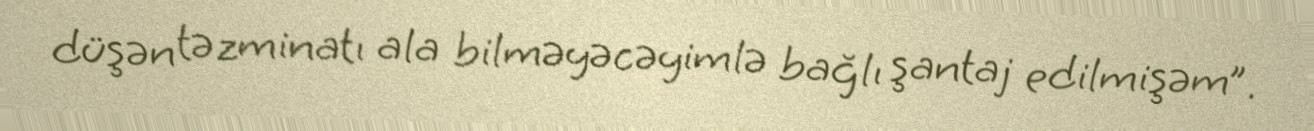
düşən təzminatı ala bilməyəcəyimlə bağlı şantaj edilmişəm”.